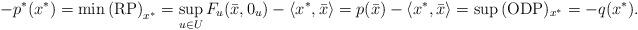
LaTeX: \begin{align*}-p^{\ast }(x^{\ast })=\min {\mathrm{(RP)}_{{x^{\ast }}}}=\sup_{u\in U}F_{u}(\bar{x},0_{u})-\langle x^{\ast },\bar{x}\rangle =p(\bar{x})-\langle x^{\ast},\bar{x}\rangle =\sup {(\mathrm{ODP})_{{x^{\ast }}}}=-q(x^{\ast }).\end{align*}